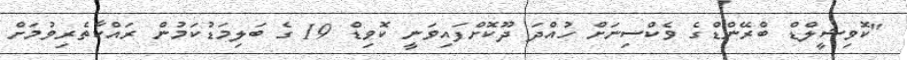
"ކޮވިޝީލްޑް ބްރޭންޑްގެ ވެކްސިނަށް ހުއްދަ ދޫކޮށްފައިވަނީ ކޮވިޑް 19 ގެ ބަލިމަޑުކަމުން ރައްކާތެރިވުމަށް